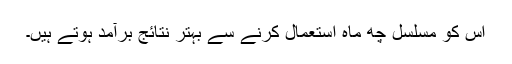
اس کو مسلسل چھ ماہ استعمال کرنے سے بہتر نتائج برآمد ہوتے ہیں۔